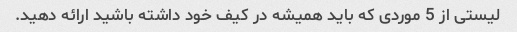
لیستی از 5 موردی که باید همیشه در کیف خود داشته باشید ارائه دهید.